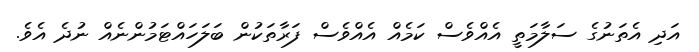
އަދި އެތަނުގެ ސަލާމަތީ އެއްވެސް ކަމެއް އެއްވެސް ފަރާތަކުން ބަލަހައްޓަމުންނެއް ނުދެ އެވެ.